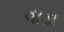
વાડા